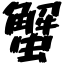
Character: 蟹